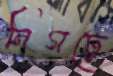
নিগঢ়ে